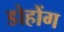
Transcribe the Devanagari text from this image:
डोहोंग